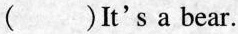
( )It's a bear.